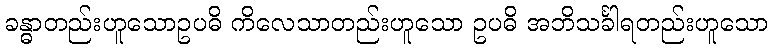
ခန္ဓာတည်းဟူသောဥပဓိ ကိလေသာတည်းဟူသော ဥပဓိ အဘိသင်္ခါရတည်းဟူသော